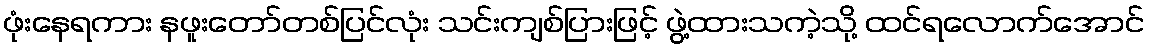
ဖုံးနေရကား နဖူးတော်တစ်ပြင်လုံး သင်းကျစ်ပြားဖြင့် ဖွဲ့ထားသကဲ့သို့ ထင်ရလောက်အောင်